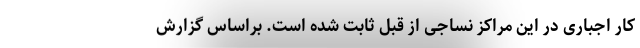
کار اجباری در این مراکز نساجی از قبل ثابت شده است. براساس گزارش‌